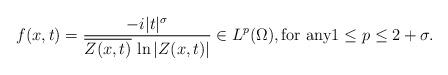
LaTeX: \begin{align*}f(x,t)=\frac{-i|t|^\sigma}{\overline{Z(x,t)}\,\ln|Z(x,t)|}\in L^p(\Omega), \textrm{for\ any} 1\le p\le 2+\sigma.\end{align*}